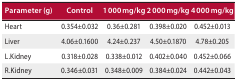
<table><thead><tr><td><b>Parameter (g)</b></td><td><b>Control</b></td><td><b>1 000 mg/kg</b></td><td><b>2 000 mg/kg</b></td><td><b>4 000 mg/kg</b></td></tr></thead><tbody><tr><td>Heart</td><td>0.354±0.032</td><td>0.36±0.281</td><td>0.398±0.020</td><td>0.452±0.013</td></tr><tr><td>Liver</td><td>4.06±0.1600</td><td>4.24±0.237</td><td>4.50±0.1870</td><td>4.78±0.205</td></tr><tr><td>L.Kidney</td><td>0.318±0.028</td><td>0.338±0.012</td><td>0.402±0.040</td><td>0.452±0.066</td></tr><tr><td>R. Kidney</td><td>0.346±0.031</td><td>0.348±0.009</td><td>0.384±0.024</td><td>0.442±0.043</td></tr></tbody></table>